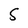
Character: S